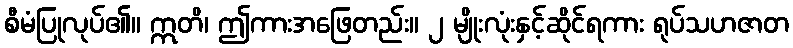
စီမံပြုလုပ်၏။ ဣတိ၊ ဤကားအဖြေတည်း။ ၂ မျိုးလုံးနှင့်ဆိုင်ရကား ရုပ်သဟဇာတ